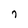
Character: 7